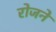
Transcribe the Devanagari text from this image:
रोजने